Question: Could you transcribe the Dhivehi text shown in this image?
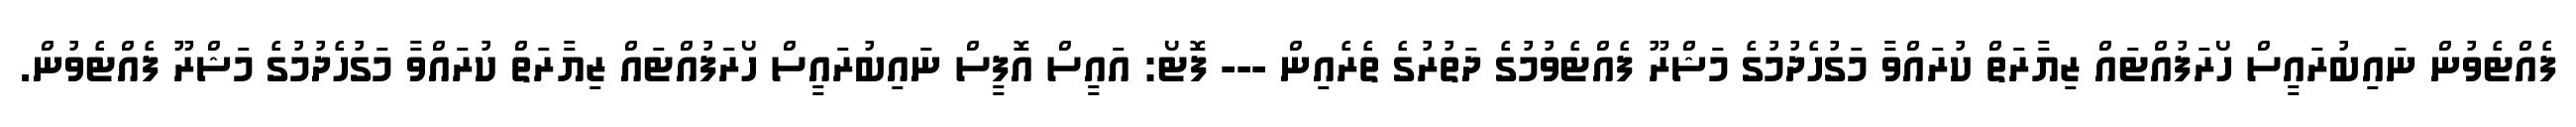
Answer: ފެއްޓެވުން ނައިބުރައީސް ހޯރަފުއްޓައް ޒިޔާރަތް ކުރައްވާ މަގުހެދުމުގެ މަޝްރޫ ފެއްޓެވުމުގެ ދަތުރުގެ ތެރެއިން --- ފޮޓޯ: އައީސް އޮފީސް ނައިބުރައީސް ހޯރަފުއްޓައް ޒިޔާރަތް ކުރައްވާ މަގުހެދުމުގެ މަޝްރޫ ފެއްޓެވުން.